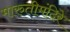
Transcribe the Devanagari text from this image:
मारुतीमंदिरे